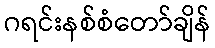
ဂရင်းနစ်စံတော်ချိန်